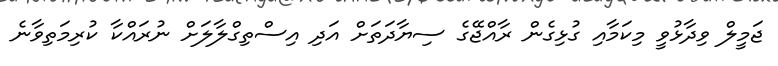
ޖަމީލް ވިދާޅުވީ މިކަމާއި ގުޅިގެން ރާއްޖޭގެ ސިޔާދަތަށް އަދި އިސްތިގްލާލަށް ނުރައްކާ ކުރިމަތިވާނެ